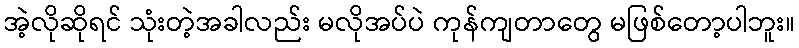
အဲ့လိုဆိုရင် သုံးတဲ့အခါလည်း မလိုအပ်ပဲ ကုန်ကျတာတွေ မဖြစ်တော့ပါဘူး။